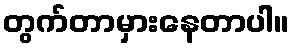
တွက်တာမှားနေတာပါ။